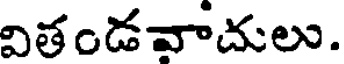
వితండవాదులు.